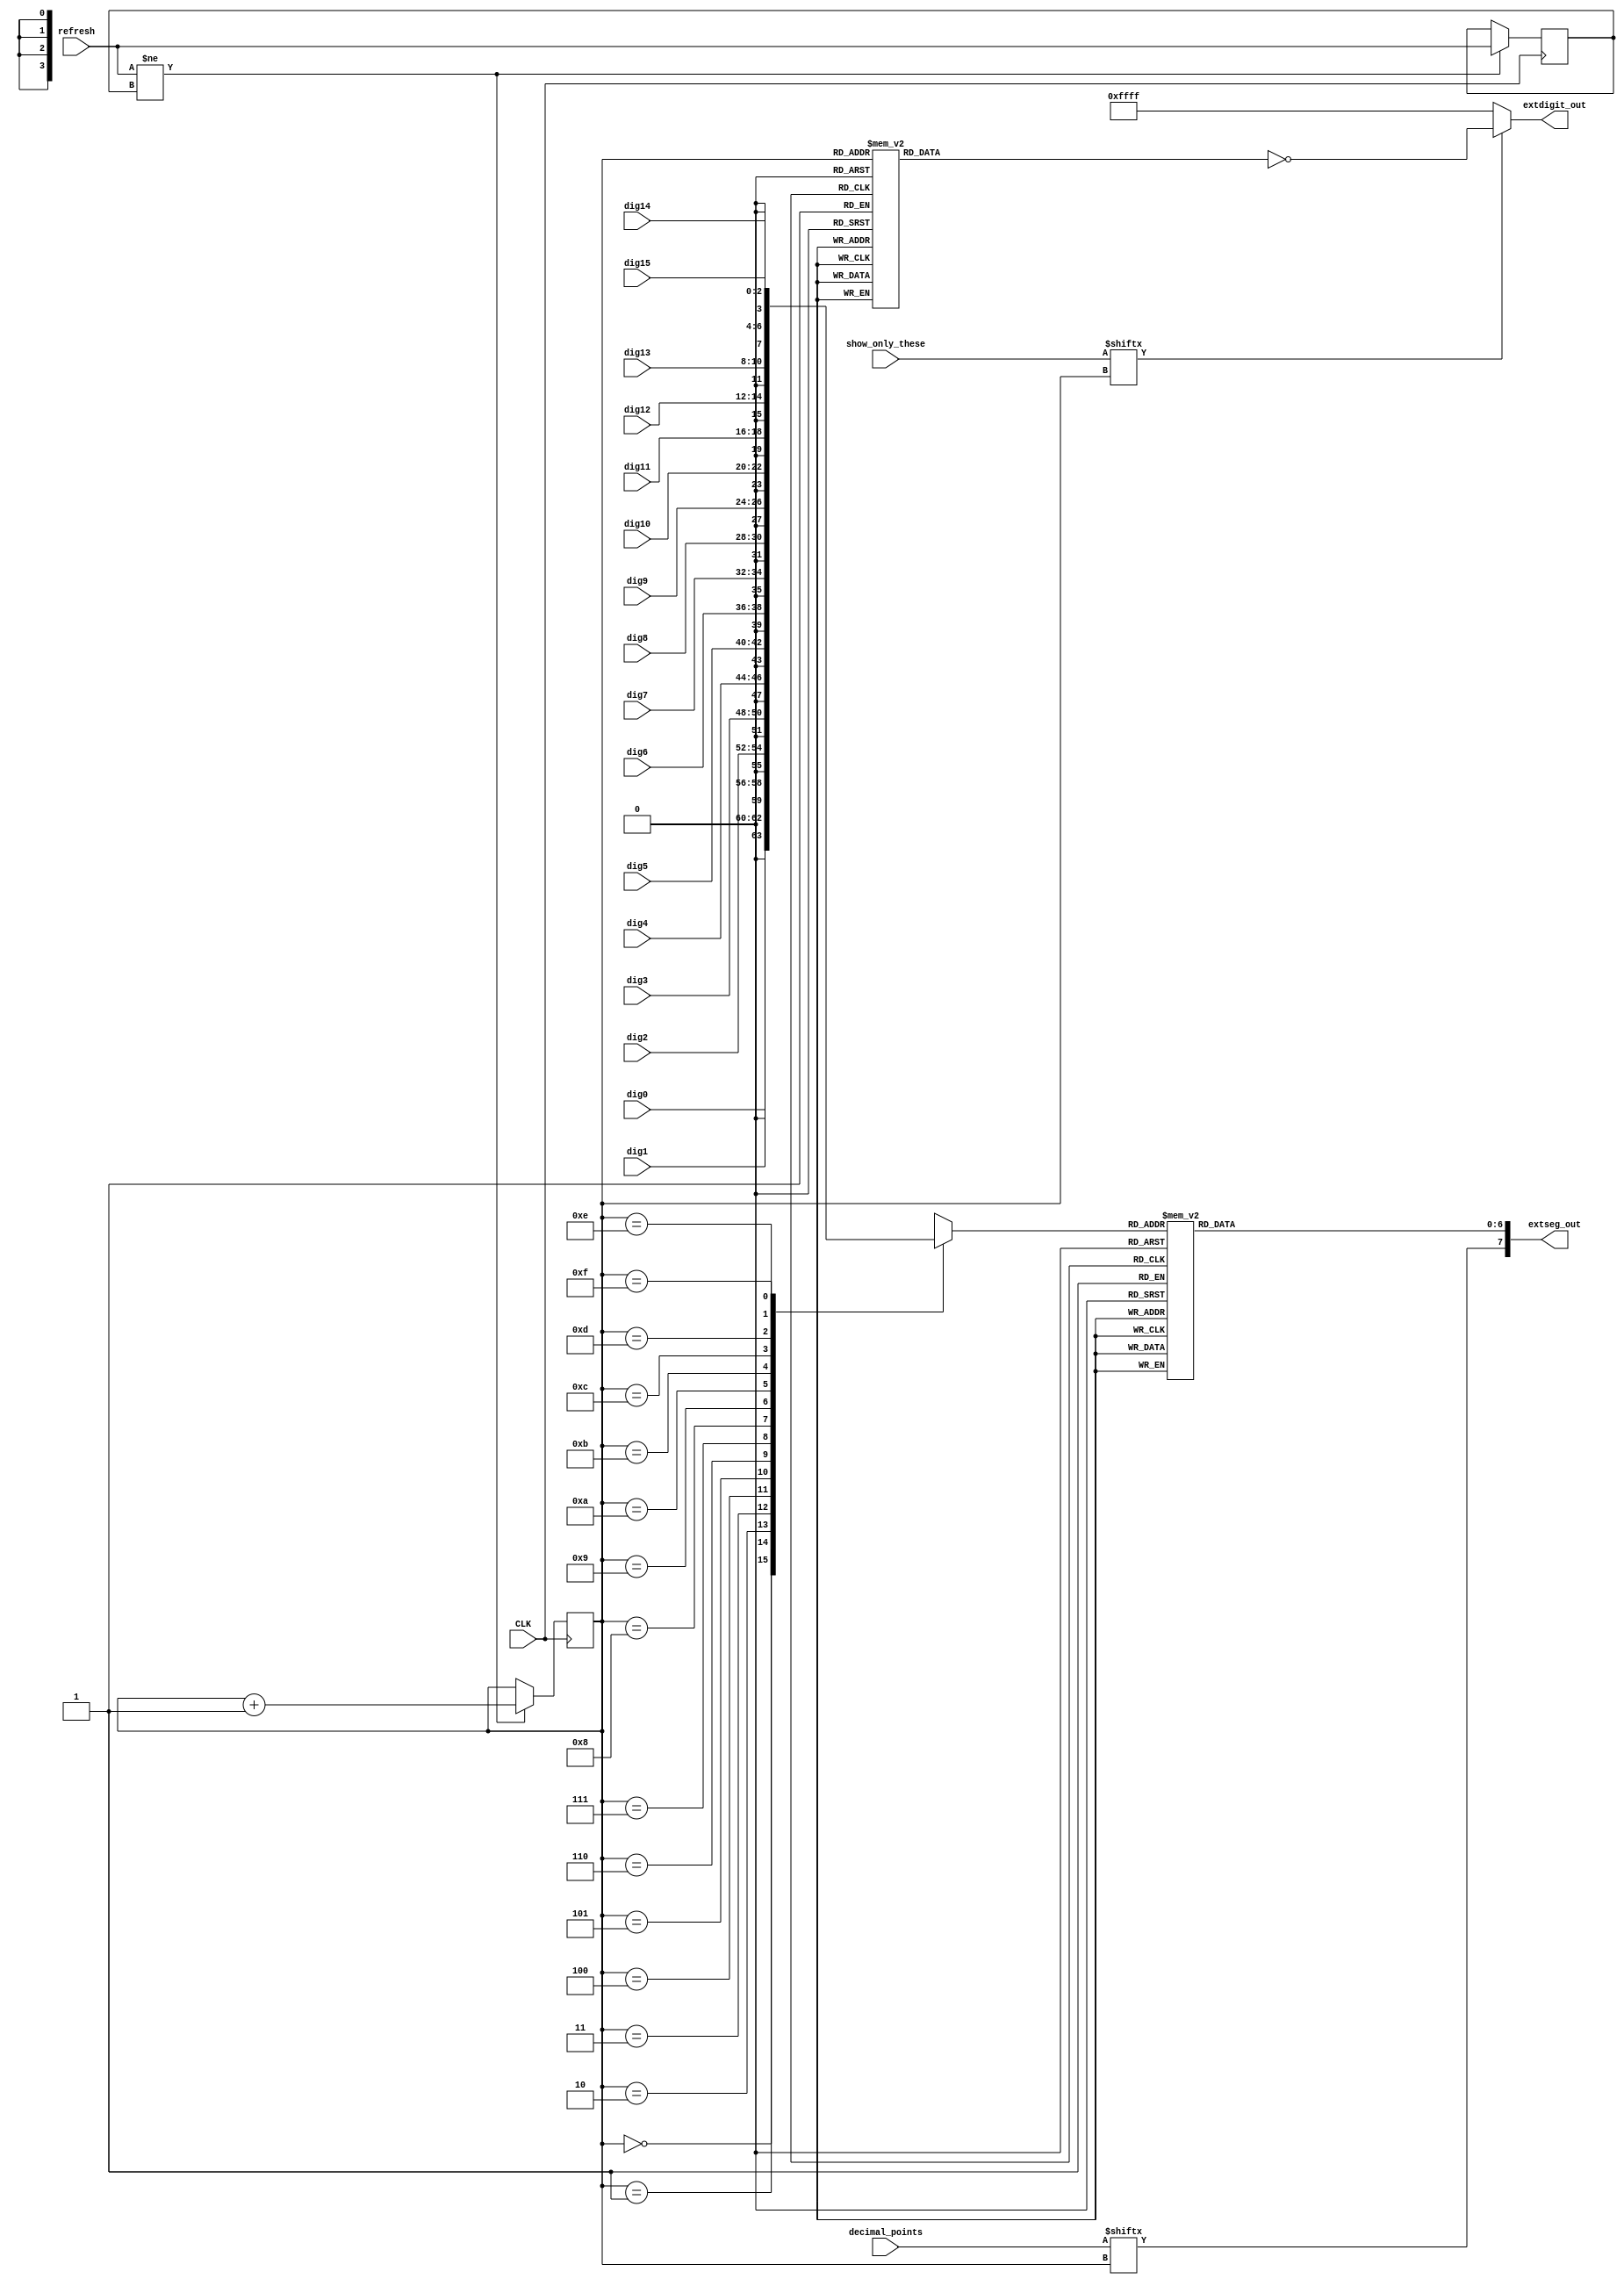

/* 16 oktaalidigitin nytt johonkin User Extension-porttiin liitetylle
 * 16 digitin "Digitel 2000"-nytlle. By karttu 2012-08-17 - 2012-10-08.
 * Lisparametrilla show_only_these voi mielivaltaisesti joidenkin digittien
 * nyttmisen est kokonaan.
 * Kutsuva moduli antaa kellon, sek erillisen refresh-signaalin, jonka
 * tilan vaihtuessa multipleksoidaan seuraava digitti.
 */

module digitel2000_16x7seg(input CLK,
                           output [7:0] extseg_out,
                           output [15:0] extdigit_out,
                           input refresh,
                           input [2:0] dig0,
                           input [2:0] dig1,
                           input [2:0] dig2,
                           input [2:0] dig3,
                           input [2:0] dig4,
                           input [2:0] dig5,
                           input [2:0] dig6,
                           input [2:0] dig7,
                           input [2:0] dig8,
                           input [2:0] dig9,
                           input [2:0] dig10,
                           input [2:0] dig11,
                           input [2:0] dig12,
                           input [2:0] dig13,
                           input [2:0] dig14,
                           input [2:0] dig15,
                           input [15:0] decimal_points,
                           input [15:0] show_only_these);



wire [3:0] nybble [15:0];

assign nybble[0] = dig0;
assign nybble[1] = dig1;
assign nybble[2] = dig2;
assign nybble[3] = dig3;
assign nybble[4] = dig4;
assign nybble[5] = dig5;
assign nybble[6] = dig6;
assign nybble[7] = dig7;
assign nybble[8] = dig8;
assign nybble[9] = dig9;
assign nybble[10] = dig10;
assign nybble[11] = dig11;
assign nybble[12] = dig12;
assign nybble[13] = dig13;
assign nybble[14] = dig14;
assign nybble[15] = dig15;


function [6:0] HEX2LED;
  input [3:0] HEX;

  begin
     case (HEX)
	4'b0001 : HEX2LED = 7'b0000110;	//1
	4'b0010 : HEX2LED = 7'b1011011;	//2
	4'b0011 : HEX2LED = 7'b1001111;	//3
	4'b0100 : HEX2LED = 7'b1100110;	//4
	4'b0101 : HEX2LED = 7'b1101101;	//5
	4'b0110 : HEX2LED = 7'b1111101;	//6
	4'b0111 : HEX2LED = 7'b0000111;	//7
	4'b1000 : HEX2LED = 7'b1111111;	//8
	4'b1001 : HEX2LED = 7'b1101111;	//9
	4'b1010 : HEX2LED = 7'b1110111;	//A
	4'b1011 : HEX2LED = 7'b1111100;	//b
	4'b1100 : HEX2LED = 7'b0111001;	//C
	4'b1101 : HEX2LED = 7'b1011110;	//d
	4'b1110 : HEX2LED = 7'b1111001;	//E
	4'b1111 : HEX2LED = 7'b1110001;	//F
	default : HEX2LED = 7'b0111111;	//0
     endcase
  end
endfunction


function [15:0] NYBBLE2HOTCODE;
  input [3:0] NYBBLE;

  begin
     case (NYBBLE)
	4'b0001  : NYBBLE2HOTCODE = 16'b0000000000000010;	//1
	4'b0010  : NYBBLE2HOTCODE = 16'b0000000000000100;	//2
	4'b0011  : NYBBLE2HOTCODE = 16'b0000000000001000;	//3
	4'b0100  : NYBBLE2HOTCODE = 16'b0000000000010000;	//4
	4'b0101  : NYBBLE2HOTCODE = 16'b0000000000100000;	//5
	4'b0110  : NYBBLE2HOTCODE = 16'b0000000001000000;	//6
	4'b0111  : NYBBLE2HOTCODE = 16'b0000000010000000;	//7
        4'b1000  : NYBBLE2HOTCODE = 16'b0000000100000000;       //8
        4'b1001  : NYBBLE2HOTCODE = 16'b0000001000000000;       //9
        4'b1010  : NYBBLE2HOTCODE = 16'b0000010000000000;	//10
        4'b1011  : NYBBLE2HOTCODE = 16'b0000100000000000;	//11
        4'b1100  : NYBBLE2HOTCODE = 16'b0001000000000000;       //12
        4'b1101  : NYBBLE2HOTCODE = 16'b0010000000000000;       //13
        4'b1110  : NYBBLE2HOTCODE = 16'b0100000000000000;       //14
        4'b1111  : NYBBLE2HOTCODE = 16'b1000000000000000;       //15
	default  : NYBBLE2HOTCODE = 16'b0000000000000001;	//0
     endcase
  end
endfunction

// 65536 / 50000000 = 0.00131072 sec. (1.3 ms)

reg old_refresh = 1'b0;
reg [3:0] which_digit = 4'b0000;

// reg [7:0] buffered_segments = 8'b0;
// assign extseg_out[7:0] = buffered_segments[7:0];

assign extseg_out = {decimal_points[which_digit],HEX2LED(nybble[which_digit])};

assign extdigit_out = (show_only_these[which_digit]
                           ? ~NYBBLE2HOTCODE(which_digit)
                           : 16'b1111111111111111); // Show nothing!


always @(posedge CLK)
  begin
    if(refresh != old_refresh)
      begin
         old_refresh <= refresh;
         which_digit <= which_digit+1;
      end
  end
  

endmodule